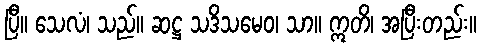
ပြီ။ သေလံ၊ သည်။ ဆဋ္ဌ သဒိသမေဝ၊ သာ။ ဣတိ၊ အပြီးတည်း။